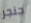
جنجر